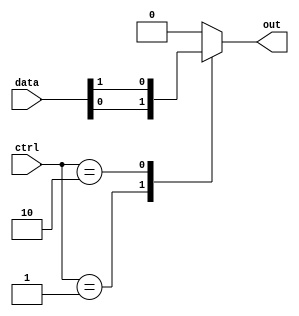
module mux128x1 (
    input [127:0] data,
    input [6:0] ctrl,
    output reg out
);

always @(*) begin
    case(ctrl)
        7'b0000001: out = data[0];
        7'b0000010: out = data[1];
        // continue for all 128 input lines
        // add more cases as needed
        default: out = 1'b0; // default case
    endcase
end

endmodule